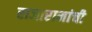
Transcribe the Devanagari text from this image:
राजारामांची